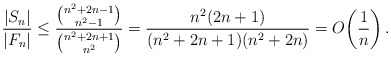
\begin{align*}\frac{|S_n|}{|F_n|}\leq \frac{\binom{n^2+2n-1}{n^2-1}}{\binom{n^2+2n+1}{n^2}}=\frac{n^2(2n+1)}{(n^2+2n+1)(n^2+2n)}= O\bigg(\frac{1}{n}\bigg)\, .\end{align*}